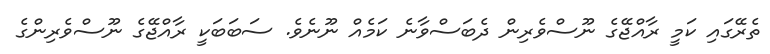
ތެރޭގައި ކަމީ ރާއްޖޭގެ ނޫސްވެރިން ދެބަސްވާނެ ކަމެއް ނޫނެވެ. ސަބަބަކީ ރާއްޖޭގެ ނޫސްވެރިންގެ